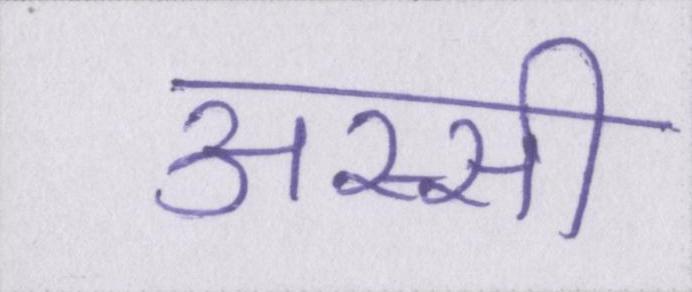
अस्सी